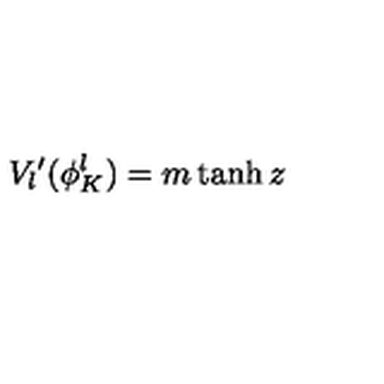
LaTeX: V _ { l } { ' } ( \phi _ { K } ^ { l } ) = m \tanh z